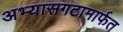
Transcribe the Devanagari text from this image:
अभ्यासगटामार्फत